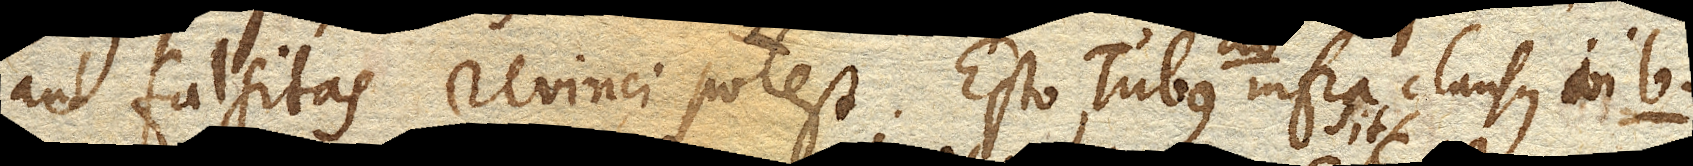
aut falsitas revinci potest. Esto Tubus ab. infra clausus in b.